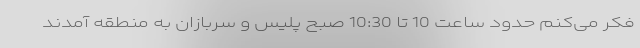
فکر می‌کنم حدود ساعت 10 تا 10:30 صبح پلیس و سربازان به منطقه آمدند